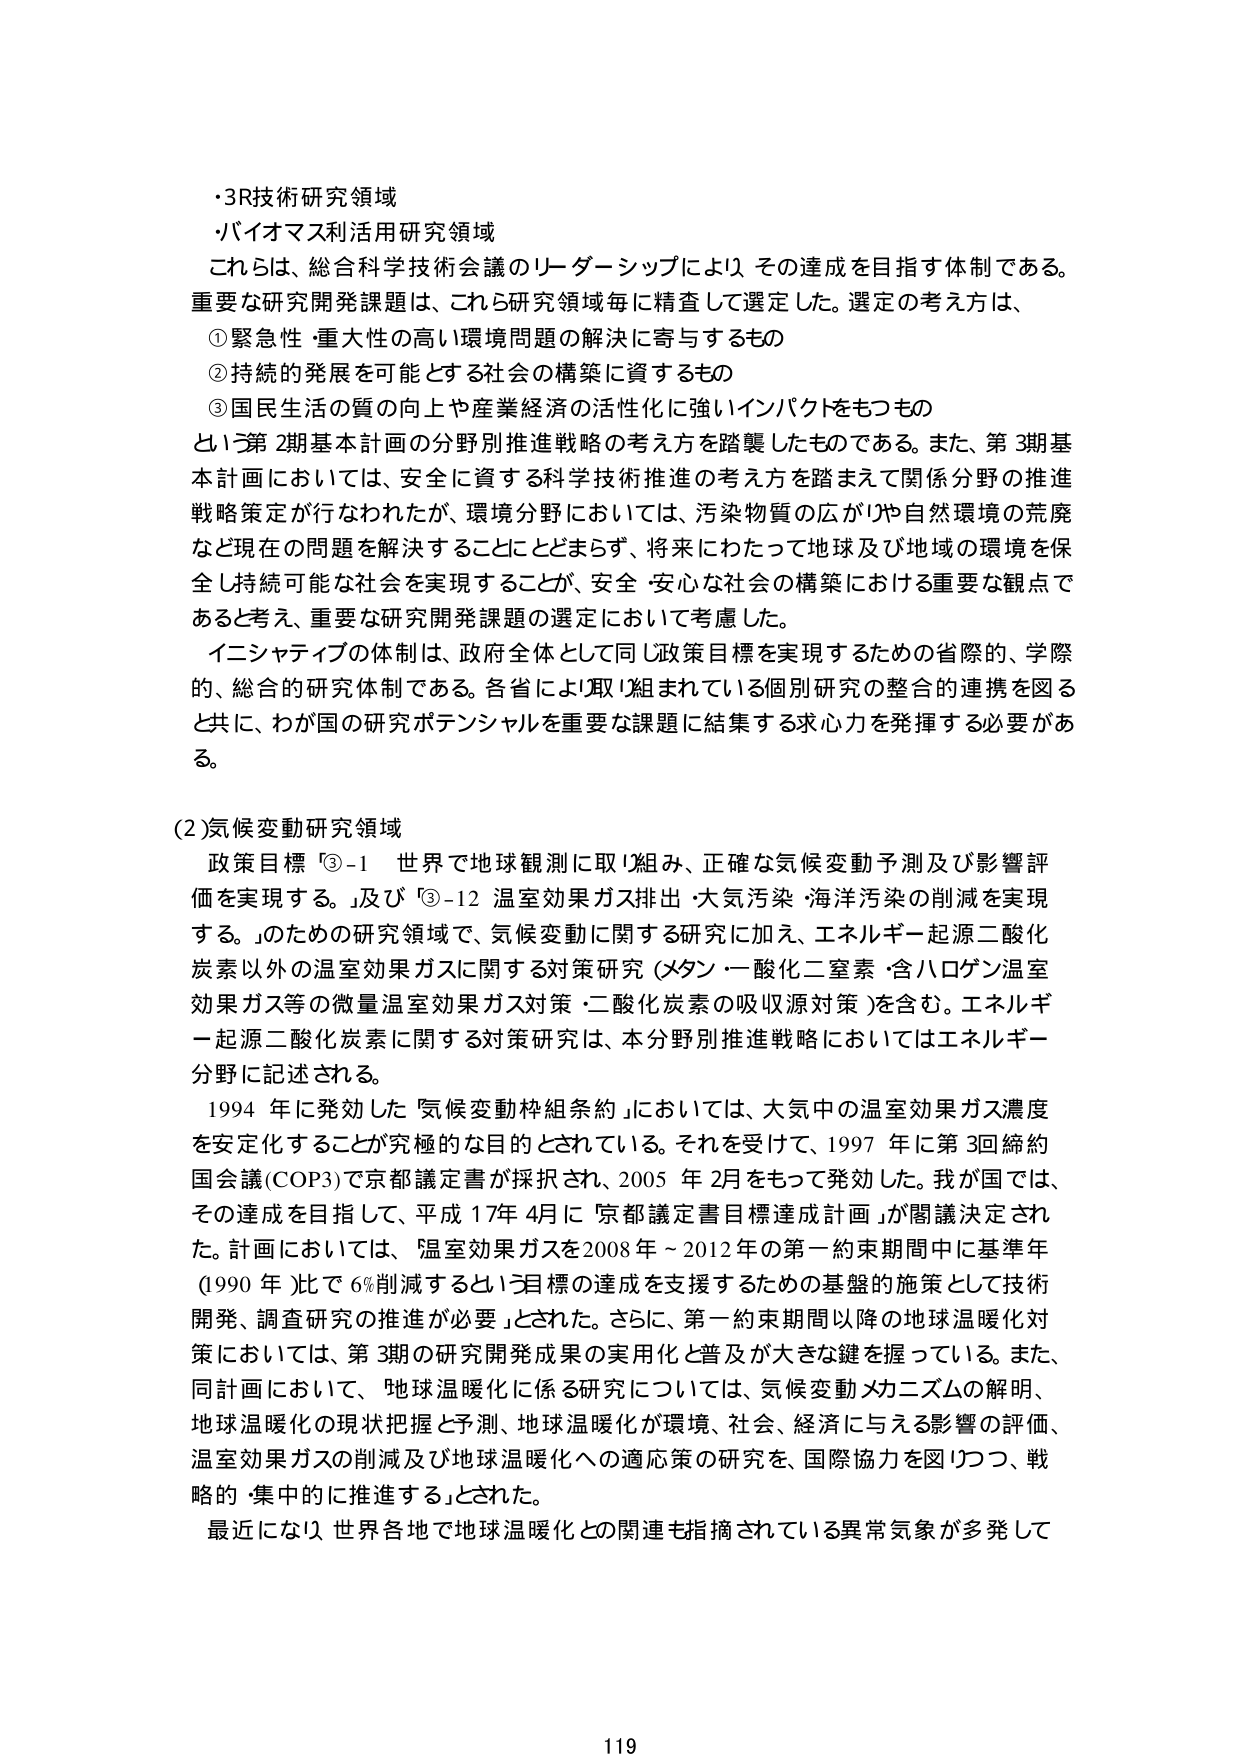
・3R技術研究領域
・バイオマス利活用研究領域
これらは、総合科学技術会議のリーダーシップにより、その達成を目指す体制である。
重要な研究開発課題は、これら研究領域毎に精査して選定した。選定の考え方は、
① 緊急性・重大性の高い環境問題の解決に寄与するもの
② 持続的発展を可能とする社会の構築に資するもの
③ 国民生活の質の向上や産業経済の活性化に強いインパクトをもつもの
という第2期基本計画の分野別推進戦略の考え方を踏襲したものである。また、第3期基本計画においては、安全に資する科学技術推進の考え方を踏まえて関係分野の推進戦略策定が行なわれたが、環境分野においては、汚染物質の広がりや自然環境の荒廃など現在の問題を解決することにとどまらず、将来にわたって地球及び地域の環境を保全し持続可能な社会を実現することが、安全・安心な社会の構築における重要な観点であると考え、重要な研究開発課題の選定において考慮した。
イニシャティブの体制は、政府全体として同じ政策目標を実現するための省際的、学際的、総合的研究体制である。各省により取り組まれている個別研究の整合的連携を図ると共に、わが国の研究ポテンシャルを重要な課題に結集する求心力を発揮する必要がある。

(2) 気候変動研究領域
政策目標「③-1 世界で地球観測に取り組み、正確な気候変動予測及び影響評価を実現する。」及び「③-12 温室効果ガス排出・大気汚染・海洋汚染の削減を実現する。」のための研究領域で、気候変動に関する研究に加え、エネルギー起源二酸化炭素以外の温室効果ガスに関する対策研究（メタン・一酸化二窒素・含ハロゲン温室効果ガス等の微量温室効果ガス対策・二酸化炭素の吸収源対策）を含む。エネルギー起源二酸化炭素に関する対策研究は、本分野別推進戦略においてはエネルギー分野に記述される。
1994年に発効した「気候変動枠組条約」においては、大気中の温室効果ガス濃度を安定化することが究極的な目的とされている。それを受けて、1997年に第3回締約国会議（COP3）で京都議定書が採択され、2005年2月をもって発効した。我が国では、その達成を目指して、平成17年4月に「京都議定書目標達成計画」が閣議決定された。計画においては、「温室効果ガスを2008年～2012年の第一約束期間中に基準年（1990年）比で6％削減するという目標の達成を支援するための基盤的施策として技術開発、調査研究の推進が必要」とされた。さらに、第一約束期間以降の地球温暖化対策においては、第3期の研究開発成果の実用化と普及が大きな鍵を握っている。また、同計画において、「地球温暖化に係る研究については、気候変動メカニズムの解明、地球温暖化の現状把握と予測、地球温暖化が環境、社会、経済に与える影響の評価、温室効果ガスの削減及び地球温暖化への適応策の研究を、国際協力を図りつつ、戦略的・集中的に推進する」とされた。
最近になり、世界各地で地球温暖化との関連も指摘されている異常気象が多発して

119